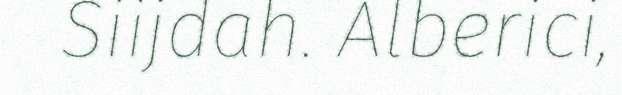
Siijdah. Alberici,